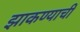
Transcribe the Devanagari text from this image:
झाकण्याची